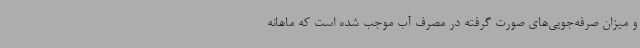
و میزان صرفه‌جویی‌های صورت گرفته در مصرف آب موجب شده است که ماهانه